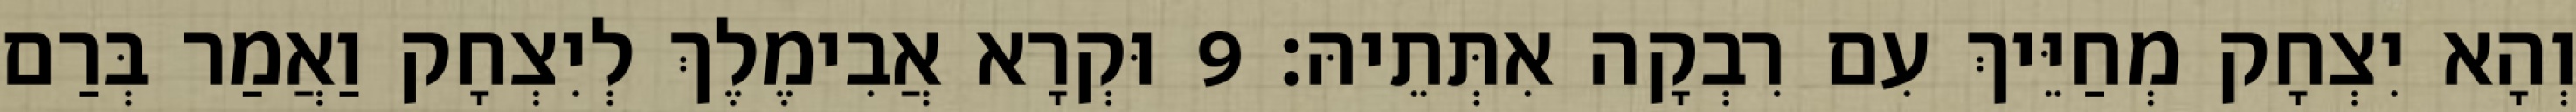
וְהָא יִצְחָק מְחַיֵּיךְ עִם רִבְקָה אִתְּתֵיהּ׃ 9 וּקְרָא אֲבִימֶלֶךְ לְיִצְחָק וַאֲמַר בְּרַם